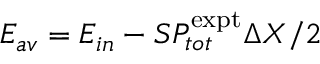
E _ { a v } = E _ { i n } - S P _ { t o t } ^ { \mathrm { e x p t } } \Delta X / 2